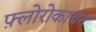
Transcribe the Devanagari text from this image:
फ़्लोरोकार्बन